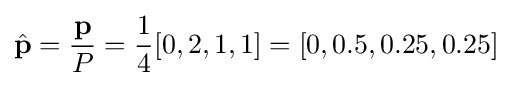
{\hat {\mathbf {p} }}={\frac {\mathbf {p} }{P}}={\frac {1}{4}}[0,2,1,1]=[0,0.5,0.25,0.25]